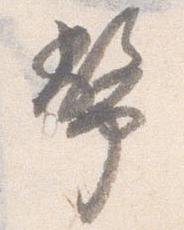
幣